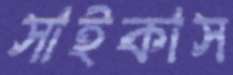
সাইকাস